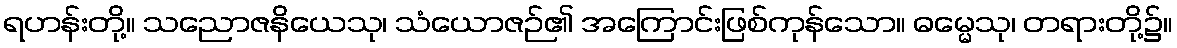
ရဟန်းတို့။ သညောဇနိယေသု၊ သံယောဇဉ်၏ အကြောင်းဖြစ်ကုန်သော။ ဓမ္မေသု၊ တရားတို့၌။